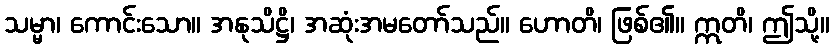
သမ္မာ၊ ကောင်းသော။ အနုသိဋ္ဌိ၊ အဆုံးအမတော်သည်။ ဟောတိ၊ ဖြစ်၏။ ဣတိ၊ ဤသို့။